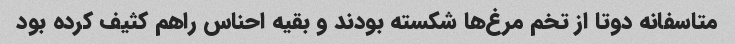
متاسفانه دوتا از تخم مرغ‌ها شکسته بودند و بقیه احناس راهم کثیف کرده بود